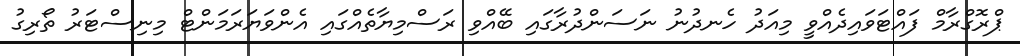
ޕްރޮގްރާމް ފައްޓަވައިދެއްވީ މިއަދު ހެނދުނު ނަސަންދުރާގައި ބޭއްވި ރަސްމިޔާތެއްގައި އެންވަޔަރަމަންޓް މިނިސްޓަރު ތޯރިގު